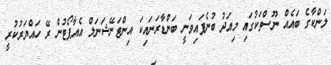
ލަންކާގެ ބައެއް ނޫސްތަކުގައި މިއަދު ބުނެފައިވަނީ ބަންޑާރަނައިކަ އިންޓަނޭޝަނަލް އެއާޕޯޓުން ރޭ ހައްޔަރުކުރީ